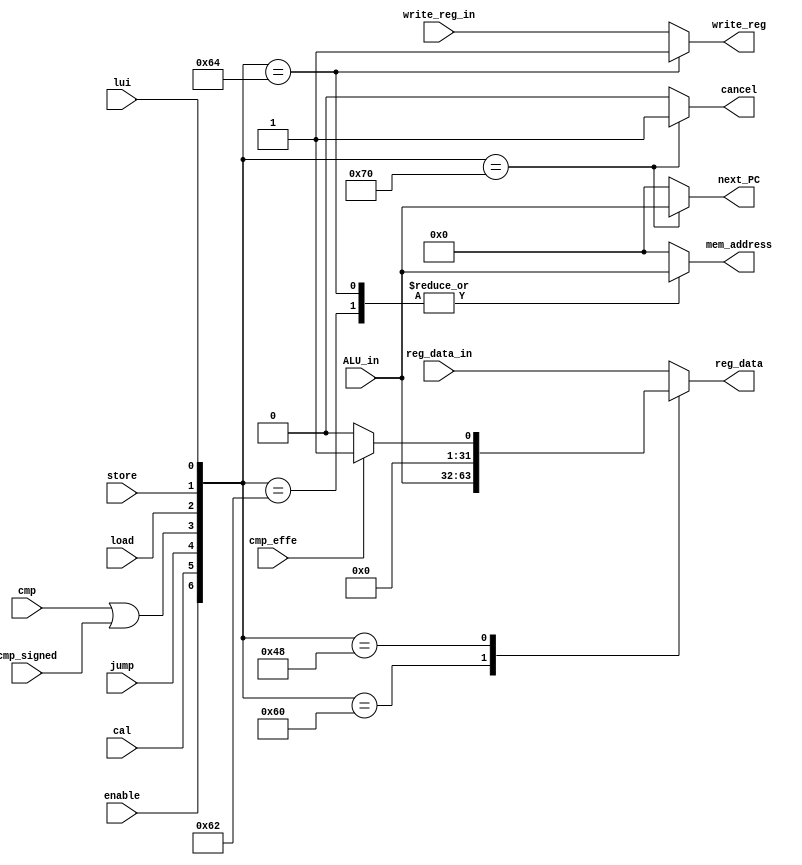
module ALU_state_producter(
  input [31:0] ALU_in,
  input [31:0] reg_data_in,
  input cal,load,store,write_reg_in,jump,enable,cmp,cmp_signed,lui,cmp_effe,
  output reg [31:0] reg_data,
  output reg [31:0] mem_address,
  output reg [31:0] next_PC,
  output reg cancel,
  output reg write_reg
  );
  wire cmp1 = cmp | cmp_signed;
  always @(*) begin
    reg_data = reg_data_in; mem_address = 0;  next_PC = 0;  cancel = 0;write_reg = write_reg_in;
    casex ({enable,cal,jump,cmp1,load,store,lui})
      {7'b1100000} : begin reg_data = ALU_in;end //add addu sub subu and or xor nor sll srl sra sllv srlv srav addi addiu andi ori xori
      {7'b1001000} : begin reg_data = (cmp_effe == 1'b1) ? 32'b1 : 32'b0; end //slt sltu slti sltiu
      {7'b1100100} : begin mem_address = ALU_in; write_reg = 1; end //load
      {7'b1110000} : begin next_PC = ALU_in; cancel = 1; end //beq bne
      {7'b1100010} : begin mem_address = ALU_in; end //store
    endcase
  end
endmodule